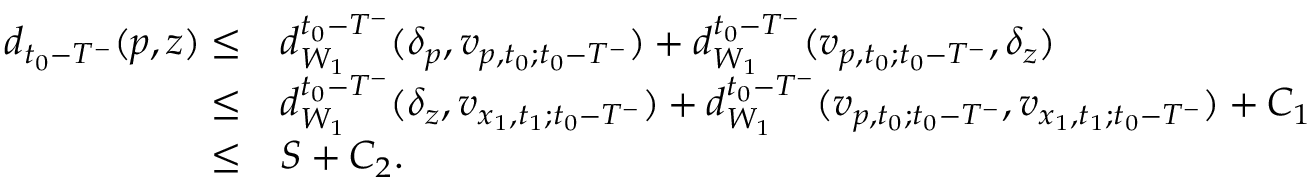
\begin{array} { r l } { d _ { t _ { 0 } - T ^ { - } } ( p , z ) \le } & { d _ { W _ { 1 } } ^ { t _ { 0 } - T ^ { - } } ( \delta _ { p } , v _ { p , t _ { 0 } ; t _ { 0 } - T ^ { - } } ) + d _ { W _ { 1 } } ^ { t _ { 0 } - T ^ { - } } ( v _ { p , t _ { 0 } ; t _ { 0 } - T ^ { - } } , \delta _ { z } ) } \\ { \le } & { d _ { W _ { 1 } } ^ { t _ { 0 } - T ^ { - } } ( \delta _ { z } , v _ { x _ { 1 } , t _ { 1 } ; t _ { 0 } - T ^ { - } } ) + d _ { W _ { 1 } } ^ { t _ { 0 } - T ^ { - } } ( v _ { p , t _ { 0 } ; t _ { 0 } - T ^ { - } } , v _ { x _ { 1 } , t _ { 1 } ; t _ { 0 } - T ^ { - } } ) + C _ { 1 } } \\ { \le } & { S + C _ { 2 } . } \end{array}